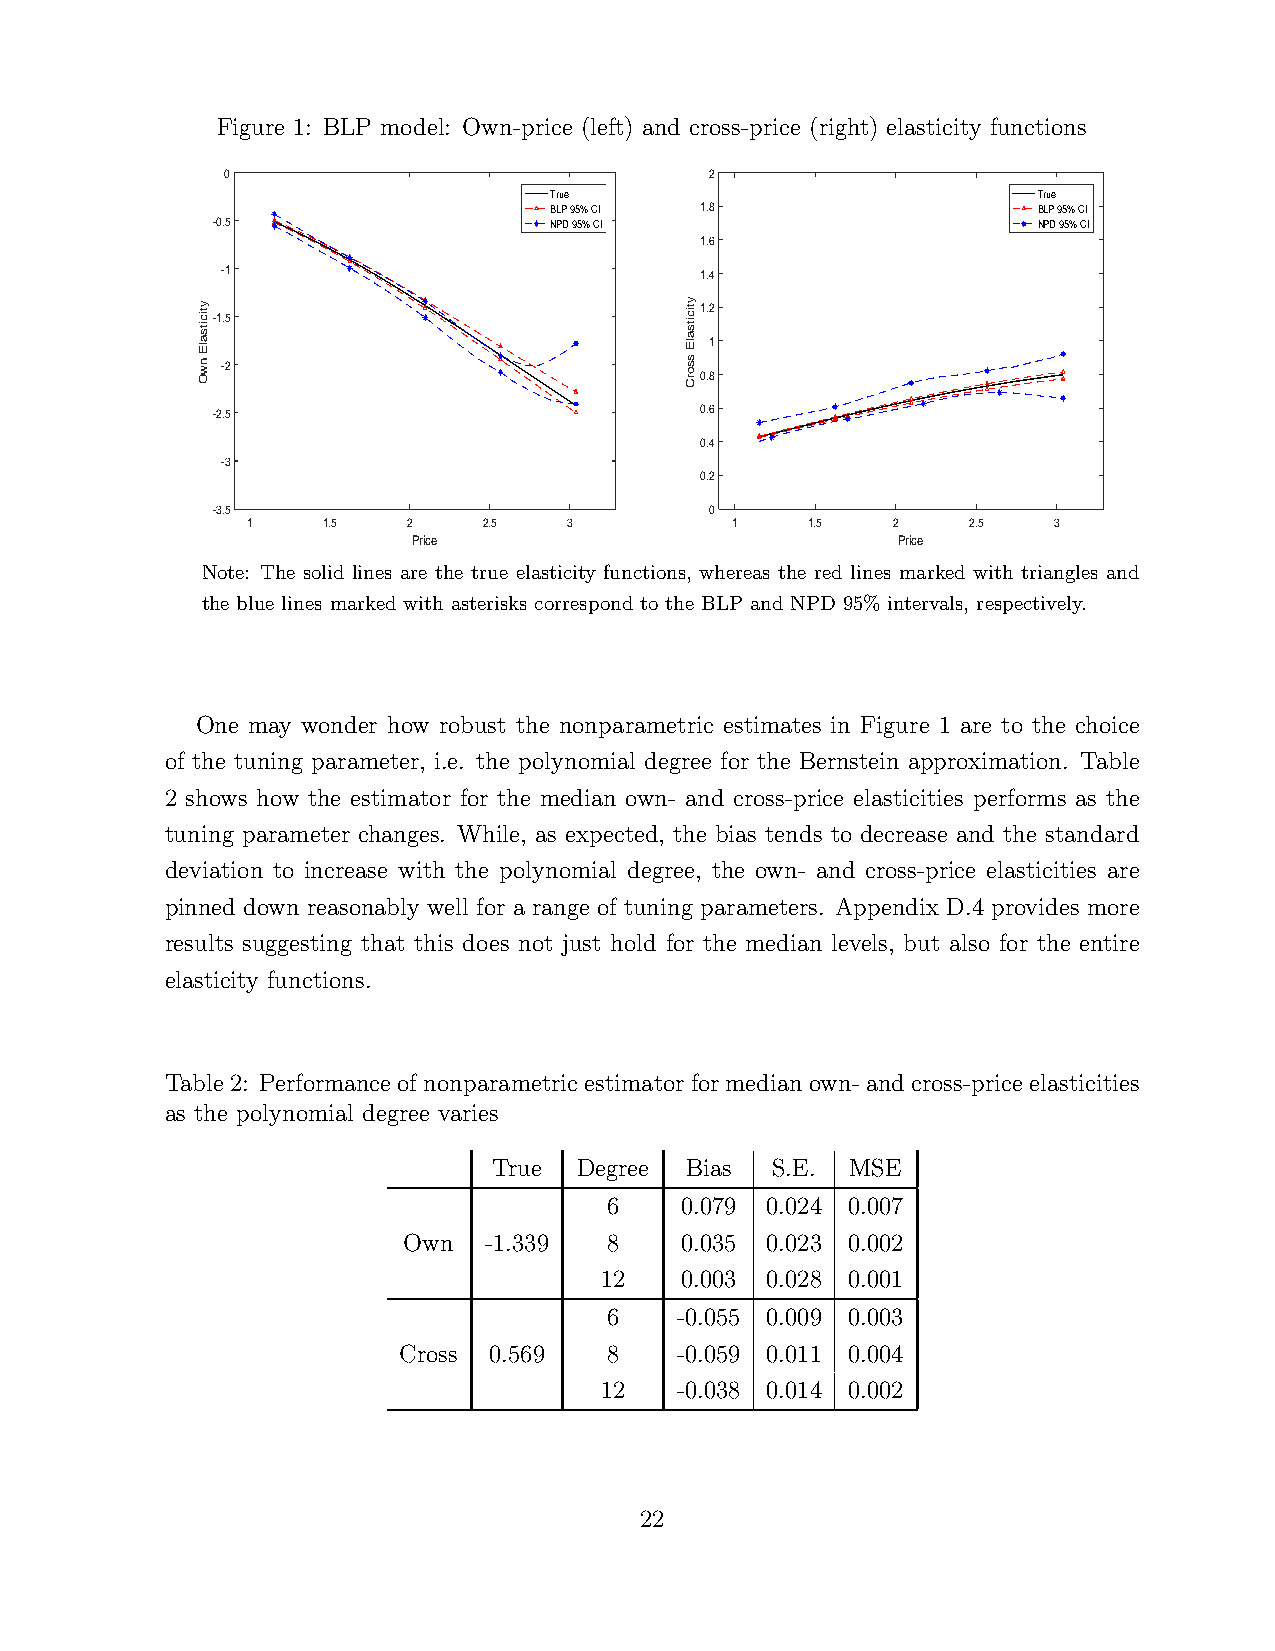
Figure 1: BLP model: Own-price (left) and cross-price (right) elasticity functions
 0                               2
 True                             True
 BLP 95% CI 1.8                   BLP 95% CI
 -0.5                  NPD 95% CI                       NPD 95% CI
 1.6
 -1                             1.4
 y tic its
 a lE
 n w
 O-1 -. 25                       y tic its
 a lE
 s s o
 rC01 ..
 1
 82
 -2.5                            0.6
 0.4
 -3
 0.2
 -3.5                             0
 1    1.5   2    2.5   3         1    1.5   2    2.5   3
 Price                           Price
 Note: The solid lines are the true elasticity functions, whereas the red lines marked with triangles and
 the blue lines marked with asterisks correspond to the BLP and NPD 95% intervals, respectively.
 One may wonder how robust the nonparametric estimates in Figure 1 are to the choice
 of the tuning parameter, i.e. the polynomial degree for the Bernstein approximation. Table
 2 shows how the estimator for the median own- and cross-price elasticities performs as the
 tuning parameter changes. While, as expected, the bias tends to decrease and the standard
 deviation to increase with the polynomial degree, the own- and cross-price elasticities are
 pinned down reasonably well for a range of tuning parameters. Appendix D.4 provides more
 results suggesting that this does not just hold for the median levels, but also for the entire
 elasticity functions.
 Table2: Performanceofnonparametricestimatorformedianown-andcross-priceelasticities
 as the polynomial degree varies
 True Degree Bias  S.E. MSE
 6    0.079 0.024 0.007
 Own  -1.339  8    0.035 0.023 0.002
 12   0.003 0.028 0.001
 6    -0.055 0.009 0.003
 Cross 0.569   8    -0.059 0.011 0.004
 12   -0.038 0.014 0.002
 22